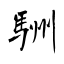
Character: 駲